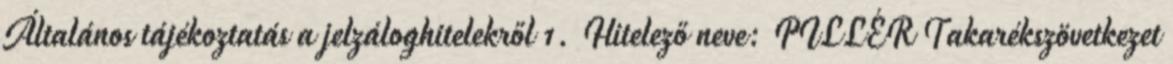
Általános tájékoztatás a jelzáloghitelekről 1. Hitelező neve: PILLÉR Takarékszövetkezet